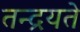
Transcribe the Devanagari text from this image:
तन्द्रयते